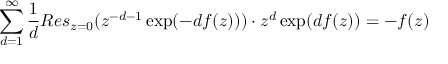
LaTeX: \sum _ { d = 1 } ^ { \infty } \frac { 1 } { d } R e s _ { z = 0 } ( z ^ { - d - 1 } \exp ( - d f ( z ) ) ) \cdot z ^ { d } \exp ( d f ( z ) ) = - f ( z )